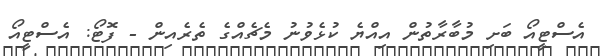
އެސްޓީއޯ ބަށި މުބާރާތުން އިއްޔެ ކުޅެވުނު މެޗެއްގެ ތެރެއިން - ފޮޓޯ: އެސްޓީއޯ